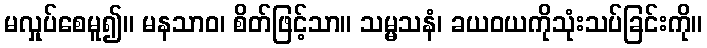
မလှုပ်စေမူ၍။ မနသာဝ၊ စိတ်ဖြင့်သာ။ သမ္မသနံ၊ ခယဝယကိုသုံးသပ်ခြင်းကို။